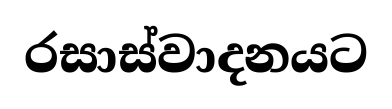
රසාස්වාදනයට